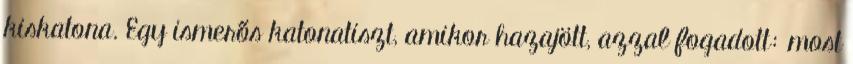
kiskatona. Egy ismerős katonatiszt, amikor hazajött, azzal fogadott: most